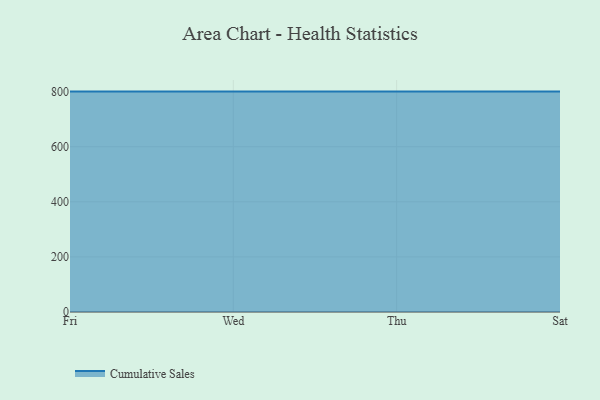
{"axis": {"x": "Day", "y": "Active Users"}, "legend": ["Cumulative Sales"], "data": [{"x": "Fri", "y": 800, "type": "Cumulative Sales"}, {"x": "Wed", "y": 800, "type": "Cumulative Sales"}, {"x": "Thu", "y": 800, "type": "Cumulative Sales"}, {"x": "Sat", "y": 800, "type": "Cumulative Sales"}]}